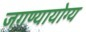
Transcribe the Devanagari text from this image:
जगण्यायोग्य